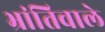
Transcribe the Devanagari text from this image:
भ्रांतिवाले